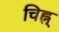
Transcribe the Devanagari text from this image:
चिह्न्